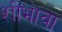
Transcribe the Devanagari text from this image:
शोभावा